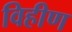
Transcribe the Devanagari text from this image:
विहीण